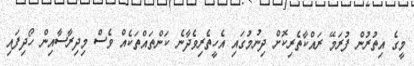
މީގެ އިތުރުން ފުރަމޭ ރައްކާތެރިކޮށް ދިނުމުގައި އެހީތެރިވެދާނެ ކަންތައްތަކެއް ވެސް މިދިރާސާއިން ހޯދިފައި